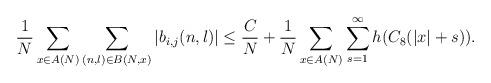
LaTeX: \begin{align*}\frac1N\sum_{x\in A(N)}\sum_{(n,l)\in B(N,x)}|b_{i,j}(n,l)|\leq \frac CN+\frac1N\sum_{x\in A(N)}\sum_{s=1}^\infty h(C_8(|x|+s)).\end{align*}